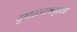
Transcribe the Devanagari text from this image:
तुषारस्नानगृहाला